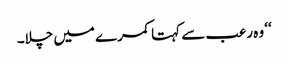
‘‘ وہ رعب سے کہتا کمرے میں چلا۔